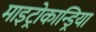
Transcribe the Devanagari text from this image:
माइट्रोकान्ड्रिया